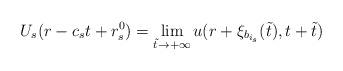
LaTeX: \begin{align*}U_s(r-c_s t+r_s^0)=\lim_{\tilde t\to+\infty} u(r+\xi_{b_{i_s}}(\tilde t), t+\tilde t)\end{align*}